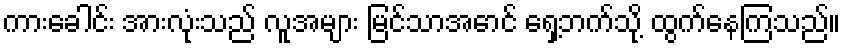
ကားခေါင်း အားလုံးသည် လူအများ မြင်သာအောင် ရှေ့ဘက်သို့ ထွက်နေကြသည်။